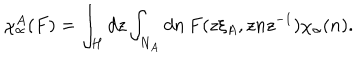
\chi _ { \alpha } ^ { A } ( F ) = \int _ { H } d z \int _ { N _ { A } } d n \, F ( z \xi _ { A } , z n z ^ { - 1 } ) \chi _ { \alpha } ( n ) .